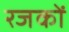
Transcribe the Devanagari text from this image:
रजकों